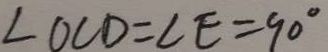
\angle O C D = \angle E = 9 0 ^ { \circ }